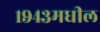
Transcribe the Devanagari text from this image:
१९४३मधील